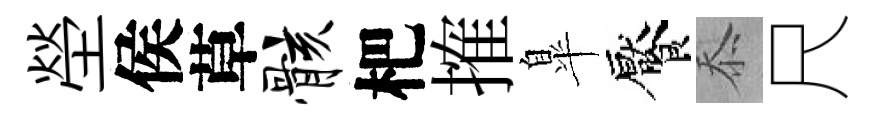
塋侯草骸杷搉臯饜忝尺